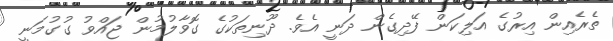
ތެރެއިން އިރުގެ އަލިކަން ފޭދިގެން ދަނީ އެވެ. ދޫނިތަކުގެ ގޮވާލުމުން ޖައްވު ގުގުމަނީ